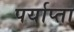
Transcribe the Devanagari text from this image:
पर्याप्ता